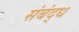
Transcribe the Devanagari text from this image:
संबंद्‌ध